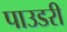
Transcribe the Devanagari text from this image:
पाउडरी